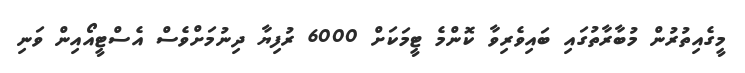
މީގެއިތުރުން މުބާރާތުގައި ބައިވެރިވާ ކޮންމެ ޓީމަކަށް 6000 ރުފިޔާ ދިނުމަށްވެސް އެސްޓީއޯއިން ވަނި